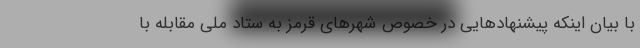
با بیان اینکه پیشنهادهایی در خصوص شهرهای قرمز به ستاد ملی مقابله با